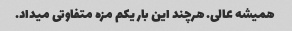
همیشه عالی. هرچند این بار یکم مزه متفاوتی میداد.